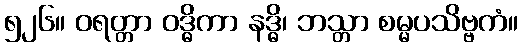
၅၂၆။ ဝရတ္တာ ဝဒ္ဓိကာ နဒ္ဓိ၊ ဘသ္တာ စမ္မပသိဗ္ဗကံ။